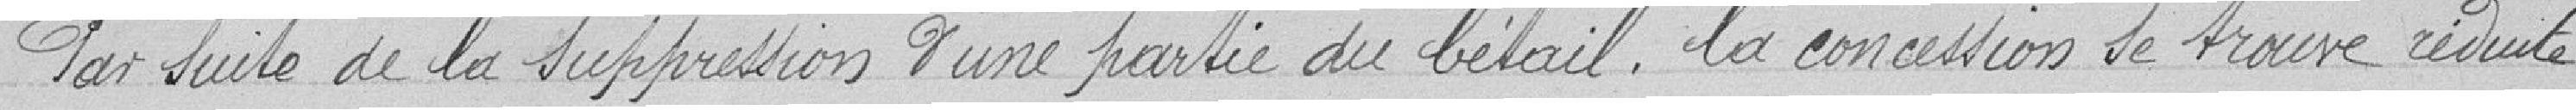
Par suite de la suppression d'une partie du bétail, la concession se trouve réduite